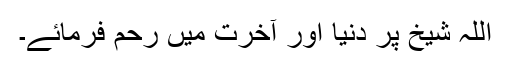
اللہ شیخ پر دنیا اور آخرت میں رحم فرمائے۔